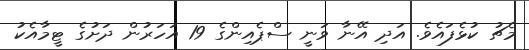
މެޗު ކުޅެފައެވެ. އަދި އޭނާ ވަނީ ސްޕެއިންގެ 19 އަހަރުން ދަށުގެ ޓީމާއެކު